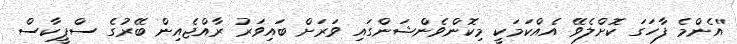
''އެންމެ ފާހަގަ ކޮށްލެވޭ އެއްކަމަކީ މިކޮންވެންޝަންގައި ވަރަށް ބައިވަރު ރާއްޖެއިން ބޭރުގެ ސްޕީކާސް